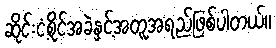
ဆိုင်းငံ့စိုင်အခဲနှင့်အတူအရည်ဖြစ်ပါတယ်။